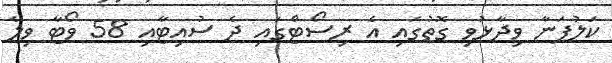
ކަލުޕަނާ ވިދާޅުވި ގޮތުގައި އެ ރިސޯޓްގައި ދެ ސުއިޓާއި 58 ވޯޓާ ވިލާ